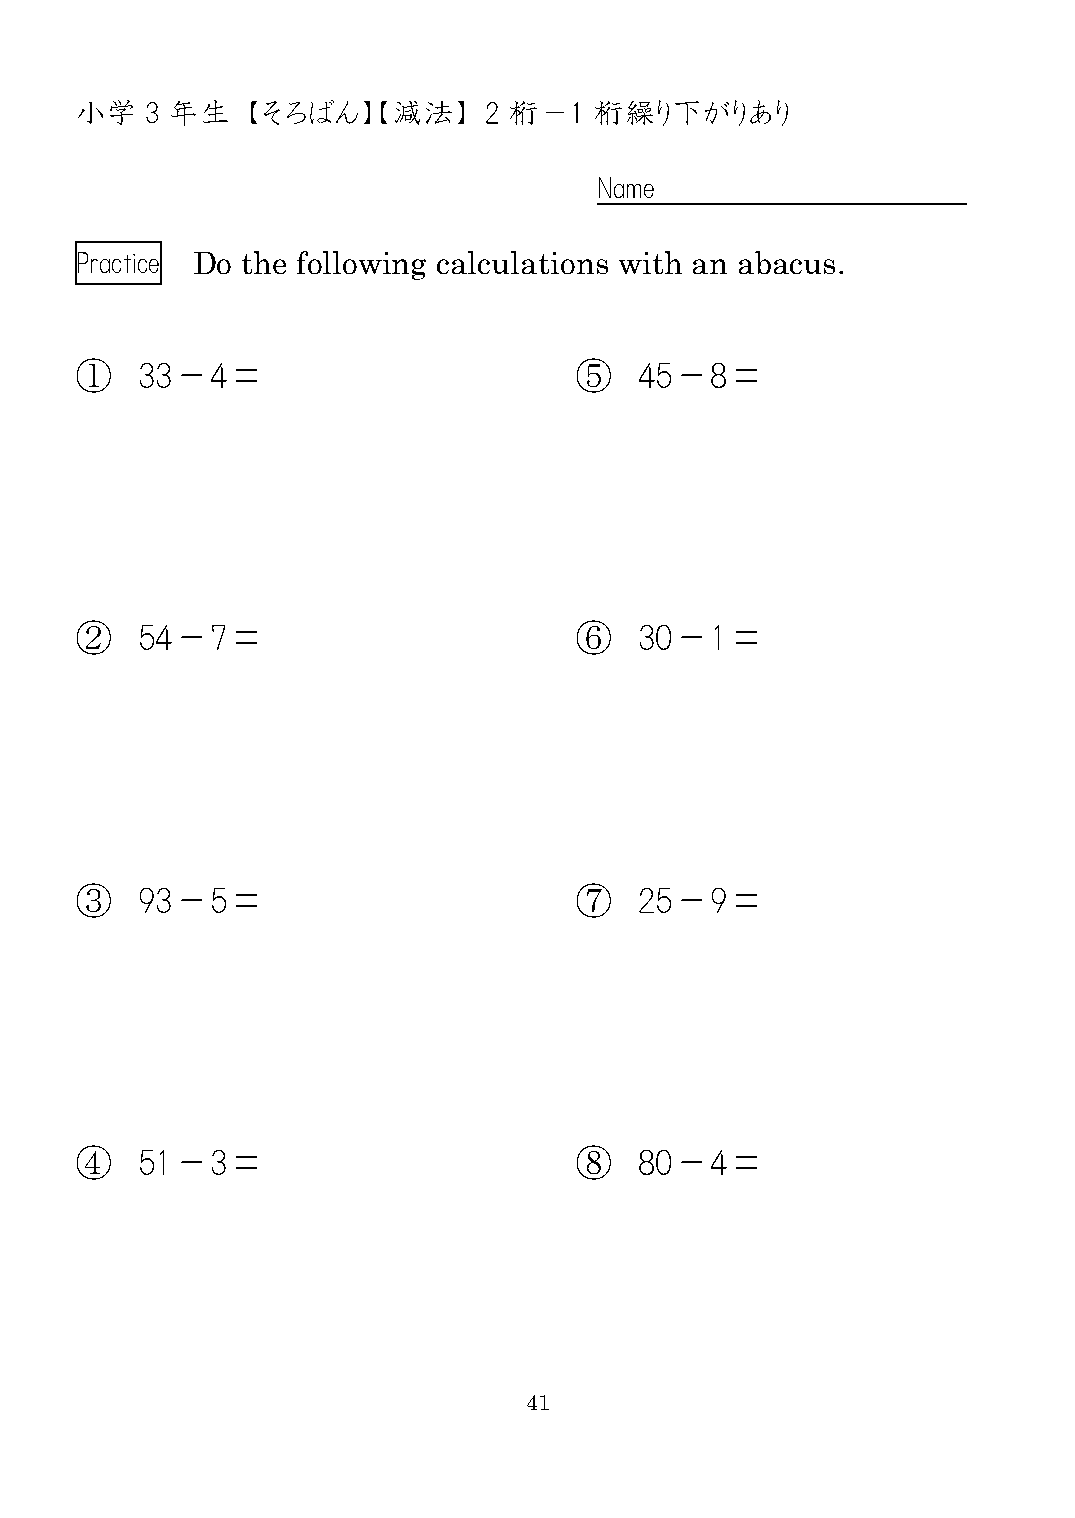
小学   3 年生  【そろばん】【減法】      2 桁－1  桁繰り下がりあり
 Name
 Practice Do the following calculations with an abacus.
 ①   33－4＝                        ⑤   45－8＝
 ②   54－7＝                        ⑥   30－1＝
 ③   93－5＝                        ⑦   25－9＝
 ④   51－3＝                        ⑧   80－4＝
 41